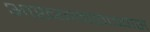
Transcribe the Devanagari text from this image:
आख्यानकाव्यास